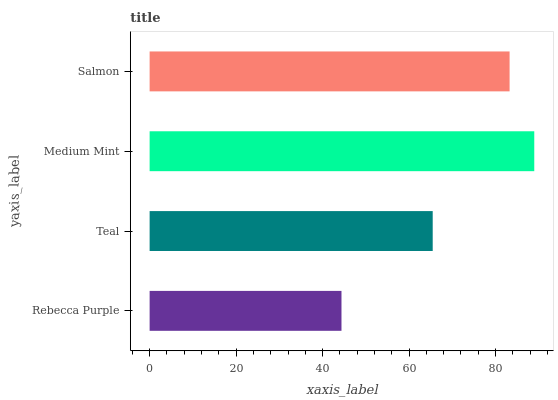
| yaxis_label | bars |
 | --- | --- |
 | Rebecca Purple | 44.4 |
 | Teal | 65.5 |
 | Medium Mint | 89 |
 | Salmon | 83.2 |